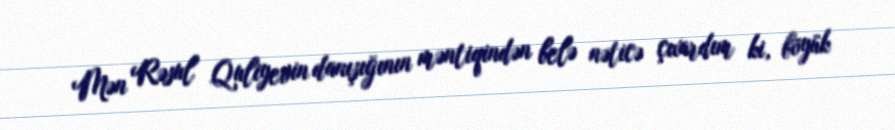
Mən Rəsul Quliyevin danışığının məntiqindən belə nəticə çıxardım ki, böyük